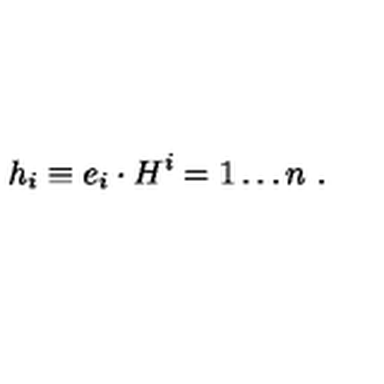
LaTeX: h _ { i } \equiv e _ { i } \cdot H \sp i = 1 \ldots n \ .